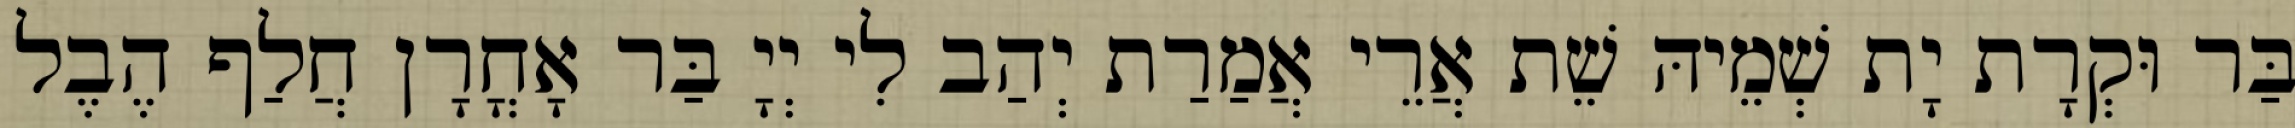
בַּר וּקְרָת יָת שְׁמֵיהּ שֵׁת אֲרֵי אֲמַרַת יְהַב לִי יְיָ בַּר אָחֳרָן חֲלַף הֶבֶל